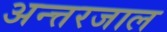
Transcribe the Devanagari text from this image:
अन्त्तरजाल